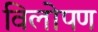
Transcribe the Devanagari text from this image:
विलोपण